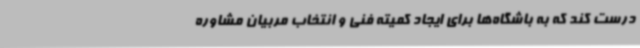
درست کند که به باشگاه‌ها برای ایجاد کمیته فنی و انتخاب مربیان مشاوره